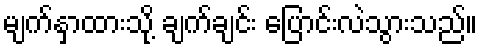
မျက်နှာထားသို့ ချက်ချင်း ပြောင်းလဲသွားသည်။